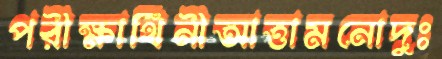
পরীক্ষার্থিনীআত্তামনোদুঃ